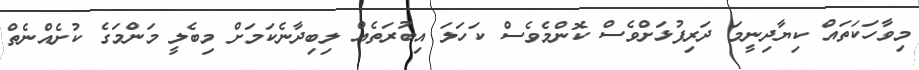
މިވާހަކަތައް ކިޔާދިނީމަ ދަރިފުޅަށްވެސް ކޮންމެވެސް ކަހަލަ އިބުރަތެއް ލިބިދާނެކަމަށް މިބެލީ މަންމަގެ ކުށެއްނެތް